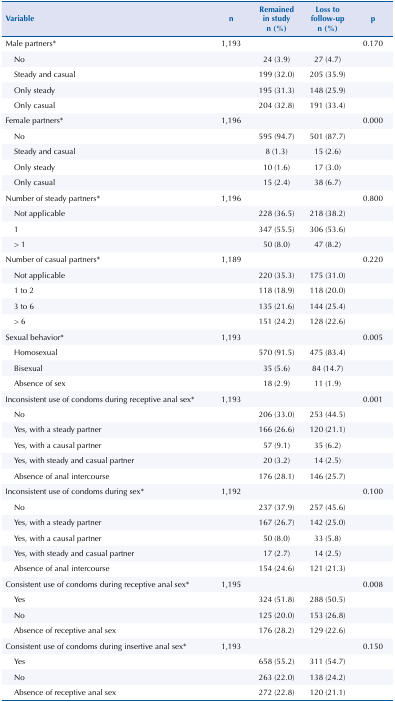
<table><thead><tr><td><b>Variable</b></td><td><b>n</b></td><td><b>Remained in study n (%)</b></td><td><b>Loss to follow-up n (%)</b></td><td><b>p</b></td></tr></thead><tbody><tr><td>Male partners*</td><td>1,193</td><td> </td><td> </td><td>0.170</td></tr><tr><td>No</td><td> </td><td>24 (3.9)</td><td>27 (4.7)</td><td> </td></tr><tr><td>Steady and casual</td><td> </td><td>199 (32.0)</td><td>205 (35.9)</td><td> </td></tr><tr><td>Only steady</td><td> </td><td>195 (31.3)</td><td>148 (25.9)</td><td> </td></tr><tr><td>Only casual</td><td> </td><td>204 (32.8)</td><td>191 (33.4)</td><td> </td></tr><tr><td>Female partners*</td><td>1,196</td><td> </td><td> </td><td>0.000</td></tr><tr><td>No</td><td> </td><td>595 (94.7)</td><td>501 (87.7)</td><td> </td></tr><tr><td>Steady and casual</td><td> </td><td>8 (1.3)</td><td>15 (2.6)</td><td> </td></tr><tr><td>Only steady</td><td> </td><td>10 (1.6)</td><td>17 (3.0)</td><td> </td></tr><tr><td>Only casual</td><td> </td><td>15 (2.4)</td><td>38 (6.7)</td><td> </td></tr><tr><td>Number of steady partners*</td><td>1,196</td><td> </td><td> </td><td>0.800</td></tr><tr><td>Not applicable</td><td> </td><td>228 (36.5)</td><td>218 (38.2)</td><td> </td></tr><tr><td>1</td><td> </td><td>347 (55.5)</td><td>306 (53.6)</td><td> </td></tr><tr><td>&gt; 1</td><td> </td><td>50 (8.0)</td><td>47 (8.2)</td><td> </td></tr><tr><td>Number of casual partners*</td><td>1,189</td><td> </td><td> </td><td>0.220</td></tr><tr><td>Not applicable</td><td> </td><td>220 (35.3)</td><td>175 (31.0)</td><td> </td></tr><tr><td>1 to 2</td><td> </td><td>118 (18.9)</td><td>118 (20.0)</td><td> </td></tr><tr><td>3 to 6</td><td> </td><td>135 (21.6)</td><td>144 (25.4)</td><td> </td></tr><tr><td>&gt; 6</td><td> </td><td>151 (24.2)</td><td>128 (22.6)</td><td> </td></tr><tr><td>Sexual behavior*</td><td>1,193</td><td> </td><td> </td><td>0.005</td></tr><tr><td>Homosexual</td><td> </td><td>570 (91.5)</td><td>475 (83.4)</td><td> </td></tr><tr><td>Bisexual</td><td> </td><td>35 (5.6)</td><td>84 (14.7)</td><td> </td></tr><tr><td>Absence of sex</td><td> </td><td>18 (2.9)</td><td>11 (1.9)</td><td> </td></tr><tr><td>Inconsistent use of condoms during receptive anal sex*</td><td>1,193</td><td> </td><td> </td><td>0.001</td></tr><tr><td>No</td><td> </td><td>206 (33.0)</td><td>253 (44.5)</td><td> </td></tr><tr><td>Yes, with a steady partner</td><td> </td><td>166 (26.6)</td><td>120 (21.1)</td><td> </td></tr><tr><td>Yes, with a causal partner</td><td> </td><td>57 (9.1)</td><td>35 (6.2)</td><td> </td></tr><tr><td>Yes, with steady and casual partner</td><td> </td><td>20 (3.2)</td><td>14 (2.5)</td><td> </td></tr><tr><td>Absence of anal intercourse</td><td> </td><td>176 (28.1)</td><td>146 (25.7)</td><td> </td></tr><tr><td>Inconsistent use of condoms during sex*</td><td>1,192</td><td> </td><td> </td><td>0.100</td></tr><tr><td>No</td><td> </td><td>237 (37.9)</td><td>257 (45.6)</td><td> </td></tr><tr><td>Yes, with a steady partner</td><td> </td><td>167 (26.7)</td><td>142 (25.0)</td><td> </td></tr><tr><td>Yes, with a causal partner</td><td> </td><td>50 (8.0)</td><td>33 (5.8)</td><td> </td></tr><tr><td>Yes, with steady and casual partner</td><td> </td><td>17 (2.7)</td><td>14 (2.5)</td><td> </td></tr><tr><td>Absence of anal intercourse</td><td> </td><td>154 (24.6)</td><td>121 (21.3)</td><td> </td></tr><tr><td>Consistent use of condoms during receptive anal sex*</td><td>1,195</td><td> </td><td> </td><td>0.008</td></tr><tr><td>Yes</td><td> </td><td>324 (51.8)</td><td>288 (50.5)</td><td> </td></tr><tr><td>No</td><td> </td><td>125 (20.0)</td><td>153 (26.8)</td><td> </td></tr><tr><td>Absence of receptive anal sex</td><td> </td><td>176 (28.2)</td><td>129 (22.6)</td><td> </td></tr><tr><td>Consistent use of condoms during insertive anal sex*</td><td>1,193</td><td> </td><td> </td><td>0.150</td></tr><tr><td>Yes</td><td> </td><td>658 (55.2)</td><td>311 (54.7)</td><td> </td></tr><tr><td>No</td><td> </td><td>263 (22.0)</td><td>138 (24.2)</td><td> </td></tr><tr><td>Absence of receptive anal sex</td><td> </td><td>272 (22.8)</td><td>120 (21.1)</td><td> </td></tr></tbody></table>